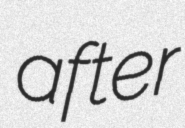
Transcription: after